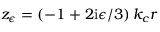
z _ { \epsilon } = \left( - 1 + 2 \mathrm { i } \epsilon / 3 \right) k _ { c } r